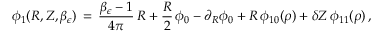
\phi _ { 1 } ( R , Z , \beta _ { \epsilon } ) \, = \, \frac { \beta _ { \epsilon } - 1 } { 4 \pi } \, R + \frac { R } { 2 } \, \phi _ { 0 } - \partial _ { R } \phi _ { 0 } + R \, \phi _ { 1 0 } ( \rho ) + \delta Z \, \phi _ { 1 1 } ( \rho ) \, ,